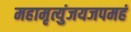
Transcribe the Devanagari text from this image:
महामृत्युंजयजपमहं